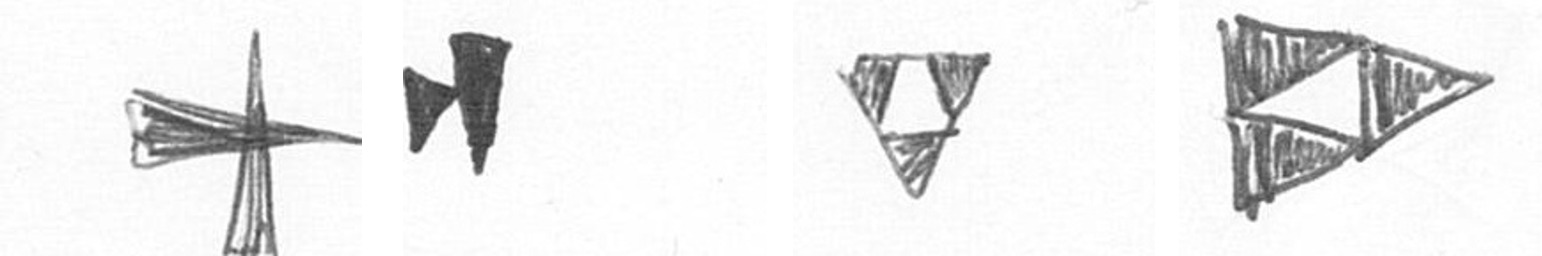
G M S K